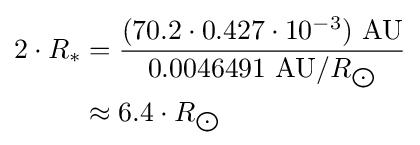
{\begin{aligned}2\cdot R_{*}&={\frac {(70.2\cdot 0.427\cdot 10^{-3})\ {\text{AU}}}{0.0046491\ {\text{AU}}/R_{\bigodot }}}\\&\approx 6.4\cdot R_{\bigodot }\end{aligned}}